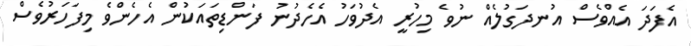
އެފަދަ އެއްވެސް އުނދަގުލެއް ނުވެ މިހުރީ އެދުވަހު އެހެދުނު ފަންޑިތައަކުން އެހެންވެ މިފަހަރުވެސް